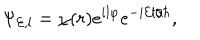
LaTeX: \Psi _ { { \cal E } , l } = \chi ( r ) e ^ { i l \varphi } e ^ { - i { \cal E } t / \hbar } ,